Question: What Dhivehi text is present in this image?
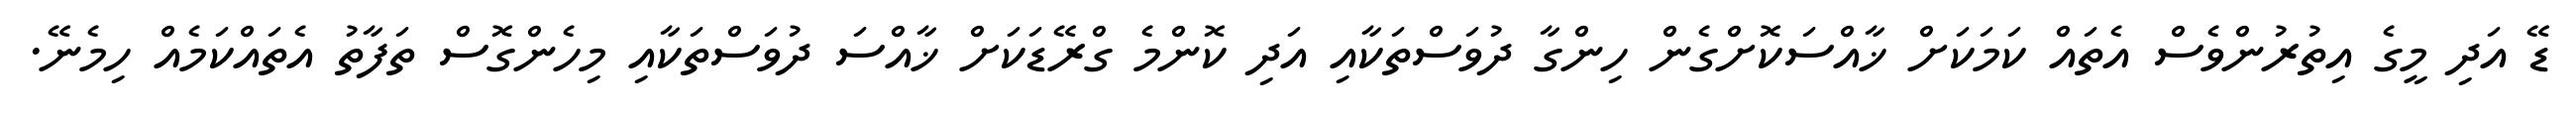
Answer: ޑޭ އަދި މީގެ އިތުރުންވެސް އެތައް ކަމަކަށް ޚާއްސަކޮށްގެން ހިންގާ ދުވަސްތަކާއި އަދި ކޮންމެ ގްރޭޑަކަށް ޚާއްސަ ދުވަސްތަކާއި މިހެންގޮސް ތަފާތު އެތައްކަމެއް ހިމެނޭ.